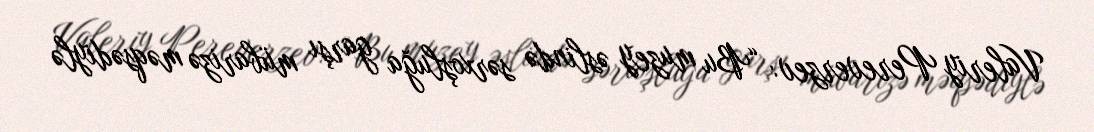
Valeriy Pereverzev: “Bu muzey əslində sərxoşluğa garşı mübarizə məqsədiylə